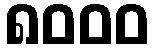
၈၀၀၀